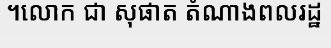
។លោក ជា សុផាត តំណាងពលរដ្ឋ